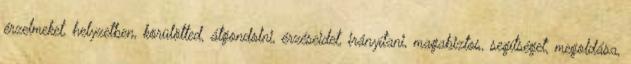
érzelmeket, helyzetben, körülötted, átgondolni, érzéseidet, irányítani, magabiztos, segítséget, megoldása,